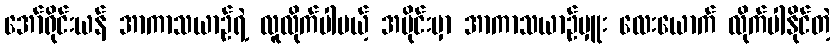
အော်ရိုင်းယန် အာကာသယာဉ်ရဲ့ လူလိုက်ပါမယ့် အပိုင်းမှာ အာကာသယာဉ်မှူး လေးယောက် လိုက်ပါနိုင်တဲ့